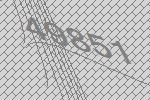
49851